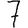
Digit: 7